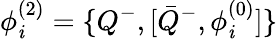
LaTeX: \phi_{\mathit{i}}^{(2)}=\{ Q^{-},[{\bar{{Q}}}^{-},\phi_{\mathit{i}}^{(0)}]\}